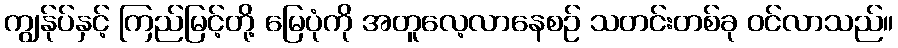
ကျွန်ုပ်နှင့် ကြည်မြင့်တို့ မြေပုံကို အတူလေ့လာနေစဉ် သတင်းတစ်ခု ဝင်လာသည်။